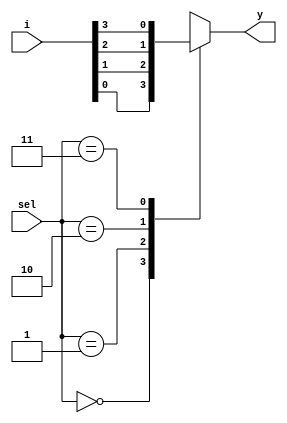
`timescale 1ns / 1ps

module Mux_4(
input [3:0] i,
input [1:0] sel,
output reg y
);
always@(i or sel)
begin
case(sel)
    2'b00: y = i[0];
    2'b01: y = i[1];
    2'b10: y = i[2];
    2'b11: y = i[3];
    default: y = 1'b0;
endcase
end
endmodule